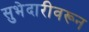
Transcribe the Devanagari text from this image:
सुभेदारीवरून